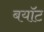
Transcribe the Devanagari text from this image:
बयॉट